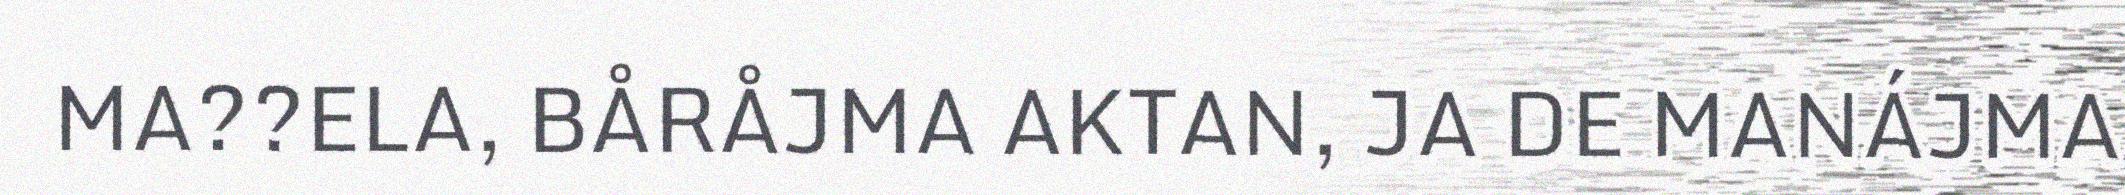
MA??ELA, BÅRÅJMA AKTAN, JA DE MANÁJMA